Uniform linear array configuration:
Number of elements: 48
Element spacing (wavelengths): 0.75
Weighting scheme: kaiser
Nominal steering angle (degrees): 15
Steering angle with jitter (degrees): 13.531
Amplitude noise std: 0.05
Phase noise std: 0.05

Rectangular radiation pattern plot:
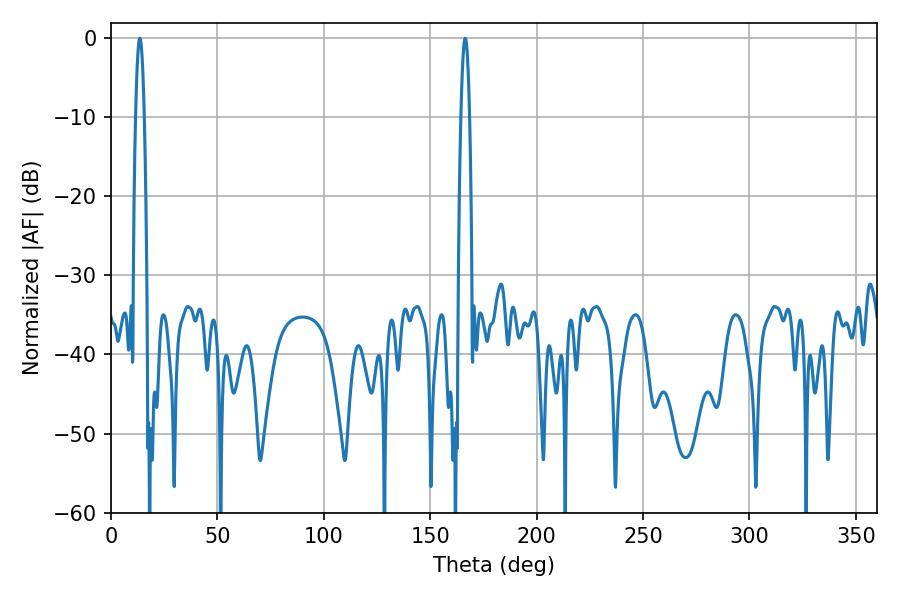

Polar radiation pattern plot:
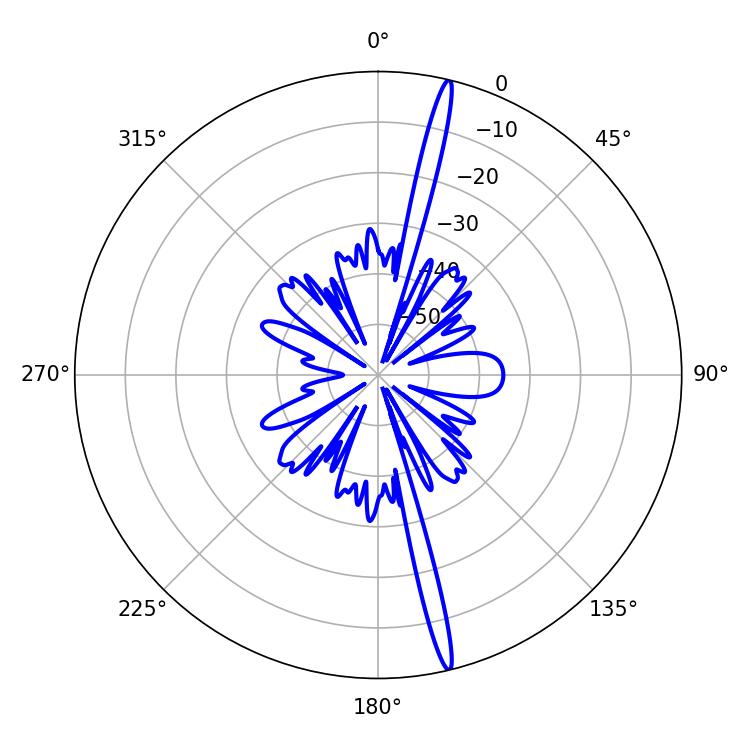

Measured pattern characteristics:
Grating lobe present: TRUE
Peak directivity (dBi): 19.988
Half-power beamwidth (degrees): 2.16
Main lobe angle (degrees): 166.5